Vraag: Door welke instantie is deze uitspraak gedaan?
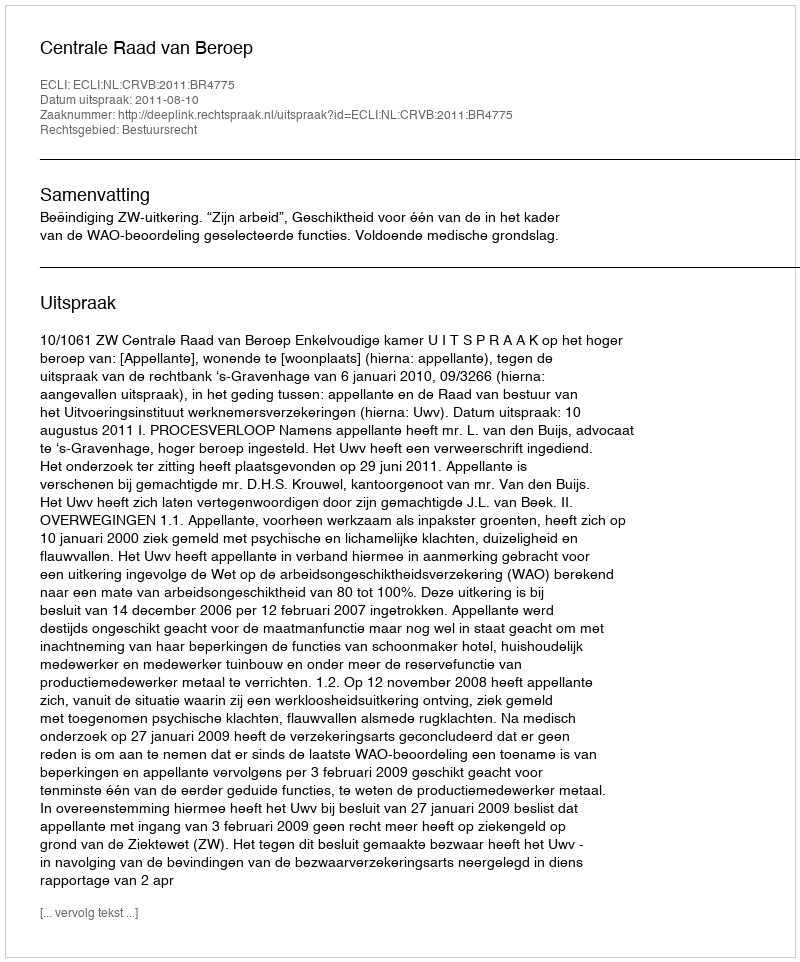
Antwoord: Centrale Raad van Beroep